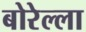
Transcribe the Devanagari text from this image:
बोरेल्ला